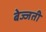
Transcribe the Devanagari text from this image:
बेज्जती